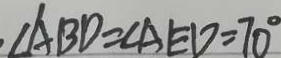
\angle A B D = \angle A E D = 7 0 ^ { \circ }